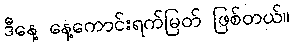
ဒီနေ့ နေ့ကောင်းရက်မြတ် ဖြစ်တယ်။